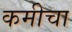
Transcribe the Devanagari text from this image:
कमीचा